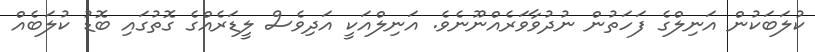
ކުލަބަކުން އަނިލްގެ ފަހަތުން ނުދުވާވަރެއްނޫނެވެ. އަނިލްއަކީ އަދިވެސް ލީޑަރެއްގެ ގޮތުގައި ބޮޑު ކުލަބެއް